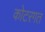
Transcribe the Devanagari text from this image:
कोटरगत